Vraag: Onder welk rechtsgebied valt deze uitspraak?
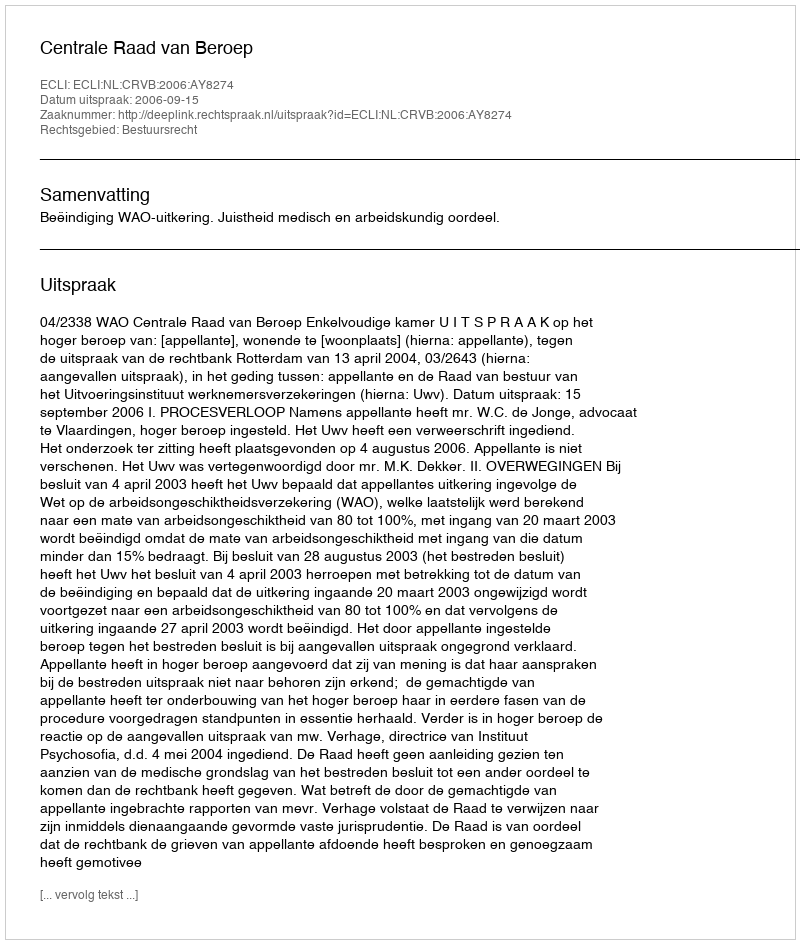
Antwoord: Bestuursrecht